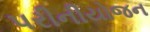
પરીનીયોજન